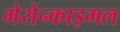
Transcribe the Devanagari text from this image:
मेसेन्काइमल